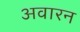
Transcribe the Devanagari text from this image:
अवारन